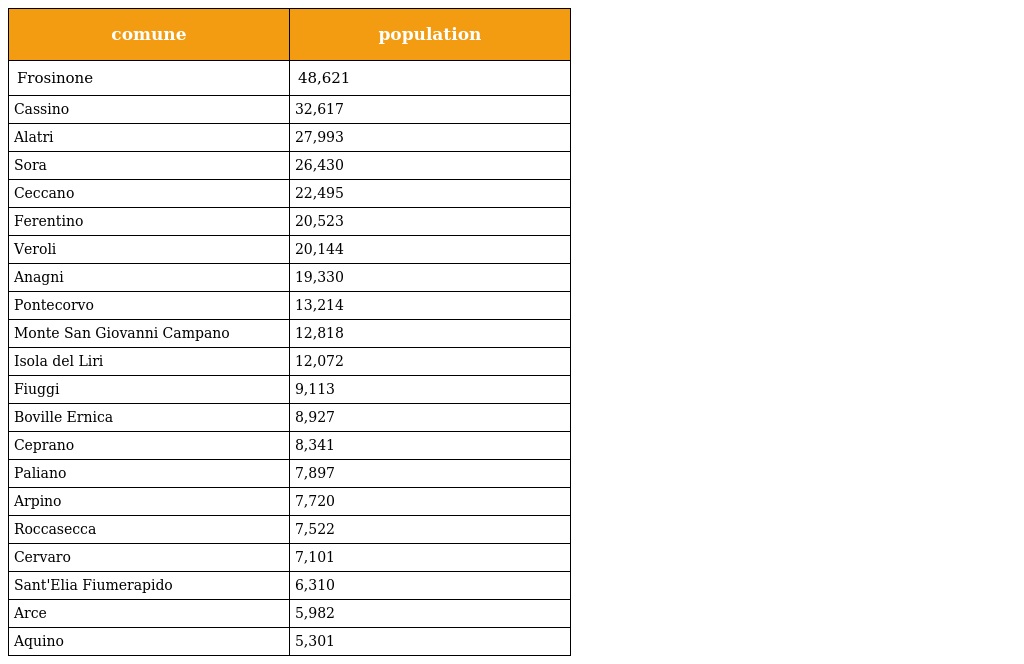
| comune | population |
 | --- | --- |
 | Frosinone | 48,621 |
 | Cassino | 32,617 |
 | Alatri | 27,993 |
 | Sora | 26,430 |
 | Ceccano | 22,495 |
 | Ferentino | 20,523 |
 | Veroli | 20,144 |
 | Anagni | 19,330 |
 | Pontecorvo | 13,214 |
 | Monte San Giovanni Campano | 12,818 |
 | Isola del Liri | 12,072 |
 | Fiuggi | 9,113 |
 | Boville Ernica | 8,927 |
 | Ceprano | 8,341 |
 | Paliano | 7,897 |
 | Arpino | 7,720 |
 | Roccasecca | 7,522 |
 | Cervaro | 7,101 |
 | Sant'Elia Fiumerapido | 6,310 |
 | Arce | 5,982 |
 | Aquino | 5,301 |